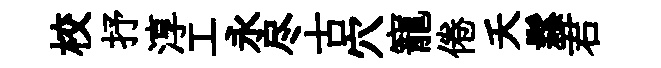
校抒淳工永尽古穴寵倦夭鬆君